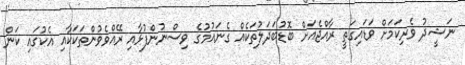
ނަޝީދު ވެރިކަމަށް ވަޑައިގަތީ ރާއްޖެއަށް ބޮޑުބަދަލުތަކެއް ގެނައުމުގެ ވިސްނުންފުޅާއި ރޭއްވެވުންތަކަކާއި އެކުގައި ކަން